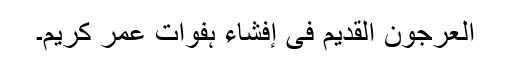
العرجون القدیم فی إفشاء ہفوات عمر کریم۔